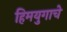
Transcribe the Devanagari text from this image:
हिमयुगाचे